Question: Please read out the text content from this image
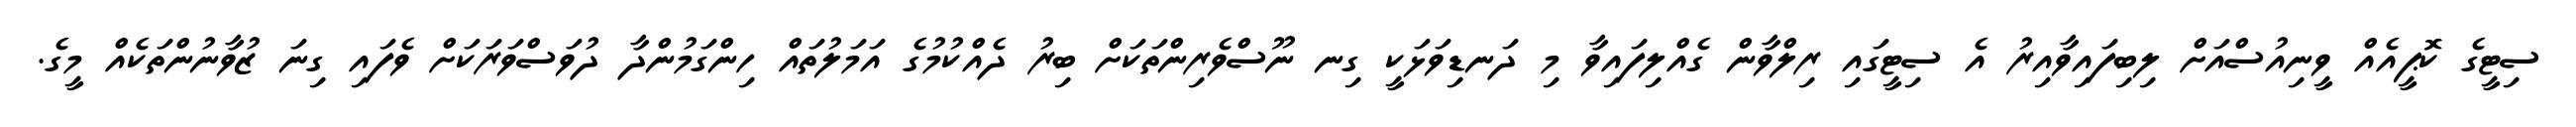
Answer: ސިޓީގެ ކޮޕީއެއް ވީނިއުސްއަށް ލިބިފައިވާއިރު އެ ސިޓީގައި ރިލްވާން ގެއްލިފައިވާ މި ދަނޑިވަޅަކީ ގިނ ނޫސްވެރިންތަކަށް ބިރު ދެއްކުމުގެ އަމަލުތައް ހިންގަމުންދާ ދުވަސްވަރަކަށް ވެފައި ގިނަ ޒުވާނުންތަކެއް މީގެ.